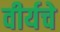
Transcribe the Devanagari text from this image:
वीर्यचे